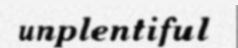
unplentiful